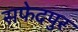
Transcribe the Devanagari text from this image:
सफेदपुर